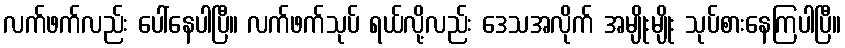
လက်ဖက်လည်း ပေါ်နေပါပြီ။ လက်ဖက်သုပ် ရယ်လို့လည်း ဒေသအလိုက် အမျိုးမျိုး သုပ်စားနေကြပါပြီ။